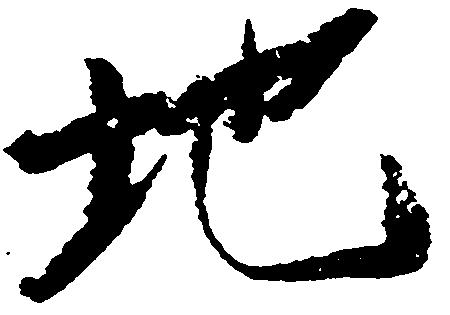
地